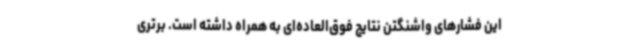
این فشارهای واشنگتن نتایج فوق‌العاده‌ای به همراه داشته است. برتری